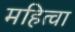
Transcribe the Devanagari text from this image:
महित्वा